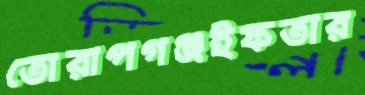
তোরাপগঞ্জইফতার